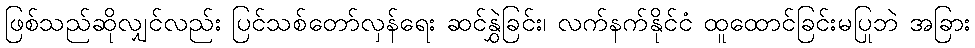
ဖြစ်သည်ဆိုလျှင်လည်း ပြင်သစ်တော်လှန်ရေး ဆင်နွှဲခြင်း၊ လက်နက်နိုင်ငံ ထူထောင်ခြင်းမပြုဘဲ အခြား